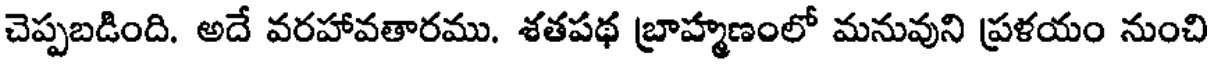
చెప్పబడింది. అదే వరహావతారము. శతపథ బ్రాహ్మణంలో మనువుని ప్రళయం నుంచి